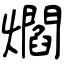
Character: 爓